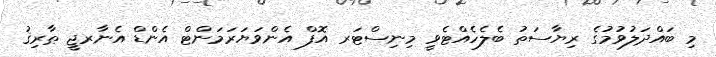
މި ބައްދަލުވުމުގެ ރިޔާސަތު ބެލެހެއްޓެވީ މިނިސްޓަރ އޮފް އެންވަޔަރަމަންޓް އެންޑް އެނާރޖީ ޠާރިޤު